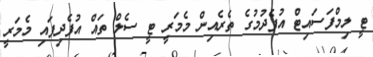
ޓީ ލިމްފަސައިޓް އުފެދުމުގެ ތެރެއިން މެމަރީ ޓީ ސެލް ތައް އުފެދިފައި މެމަރީ